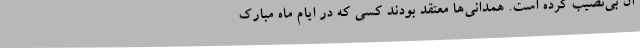
آن بی‌نصیب کرده است. همدانی‌ها معتقد بودند کسی که در ایام ماه مبارک